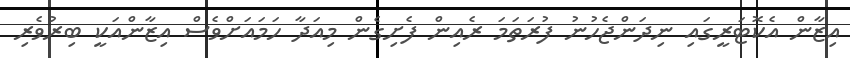
އިޒާން އެކޮޓަރީގައި ނިދަންޖެހުނު ފުރަތަމަ ރެއިން ފެށިގެން މިއަދާ ހަމައަށްވެސް އިޒާންއަކީ ބިރުވެރި